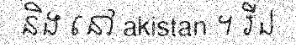
និង នៅ akistan ។ រីឯ